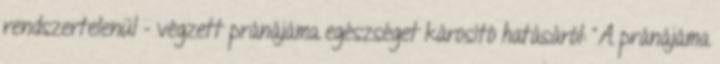
rendszertelenül - végzett pránájáma egészséget károsító hatásáról: "A pránájáma